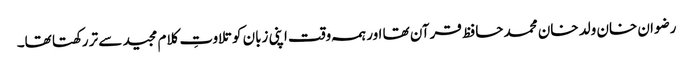
رضوان خان ولد خان محمد حافظ قرآن تھا اور ہمہ وقت اپنی زبان کو تلاوتِ کلام مجید سے تر رکھتا تھا۔